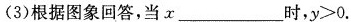
(3)根据图象回答，当x_________时，y>0.